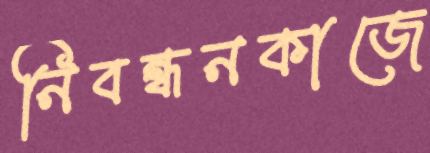
নিবন্ধনকাজে